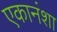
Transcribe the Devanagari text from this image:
एकानंशा